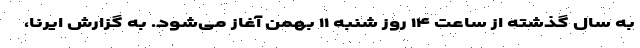
به سال گذشته از ساعت ۱۴ روز شنبه ۱۱ بهمن آغاز می‌شود. به گزارش ایرنا،